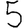
Digit: 5